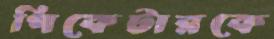
পিকেটারকে